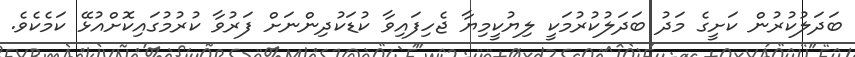
ބަދަލުކުރުން ކަށީގެ މަދު ބަދަލުކުރުމަކީ ލިޔުކީމިޔާ ޖެހިފައިވާ ކުޑަކުދިންނަށް ފަރުވާ ކުރުމުގައިކޮށްއުޅޭ ކަމެކެވެ.